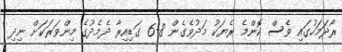
ރޯދަމަހުގައި ވެސް ކޮންމެ ރެޔަކު މަދުވެގެން 8-6 ގަޑިއިރާ ދެމެދުގެ މިންވަރަކަށް ނިދި